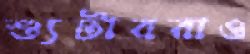
শ্যুটাররাও